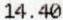
14.40